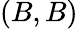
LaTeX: (B,B)